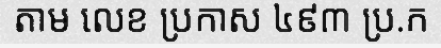
តាម លេខ ប្រកាស ៤៩៣ ប្រ.ក